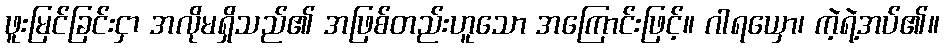
ဖူးမြင်ခြင်းငှာ အလိုမရှိသည်၏ အဖြစ်တည်းဟူသော အကြောင်းဖြင့်။ ဂါရယှော၊ ကဲ့ရဲ့အပ်၏။